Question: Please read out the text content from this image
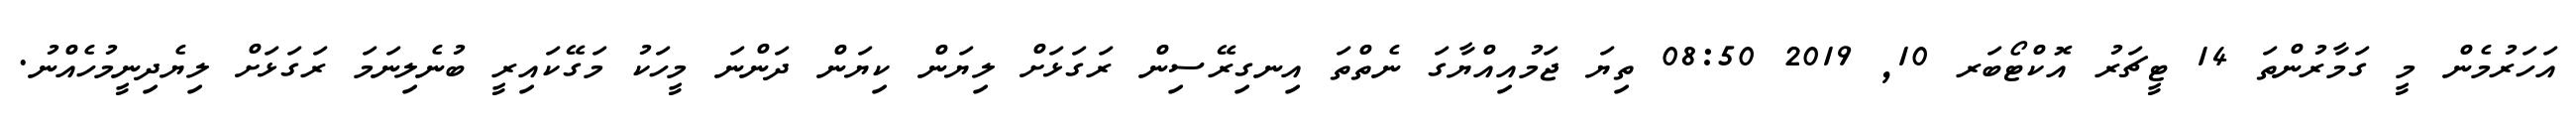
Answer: އަހަރުމެން މީ ގަމާރުންތަ 14 ޓީޗަރު އޮކްޓޯބަރ 10, 2019 08:50 ތިޔަ ޖަމުއިއްޔާގަ ނެތްތަ އިނގިރޭސިން ރަގަޅަށް ލިޔަން ކިޔަން ދަންނަ މީހަކު މަގޭކައިރީ ބުނެލިނަމަ ރަގަޅަށް ލިޔެދިނީމުހެއްނު.